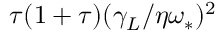
\tau ( 1 + \tau ) ( \gamma _ { L } / \eta \omega _ { * } ) ^ { 2 }